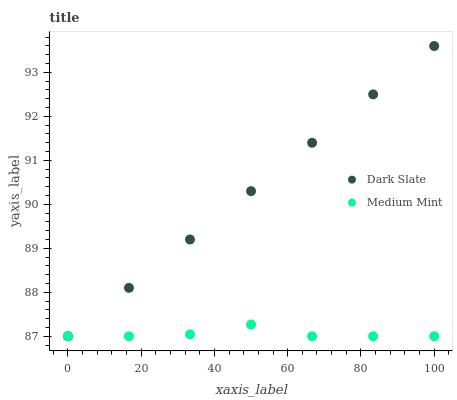
| xaxis_label | Dark Slate | Medium Mint |
 | --- | --- | --- |
 | 0 | 87 | 87 |
 | 16.7 | 88.1 | 87 |
 | 33.3 | 89.2 | 87 |
 | 50 | 90.3 | 87.3 |
 | 66.7 | 91.4 | 87 |
 | 83.3 | 92.5 | 87 |
 | 100 | 93.6 | 87 |